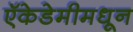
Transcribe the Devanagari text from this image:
ऍकेडेमीमधून